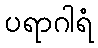
ပရာဂါရံ